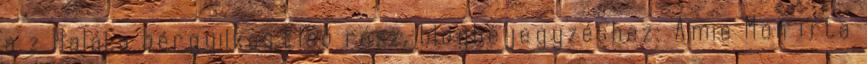
a z Halál,a bérgyilkos.Első rész. blogbejegyzéshez: Amie Mon írta